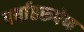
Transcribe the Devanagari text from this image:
पर्याप्तरूपेण